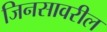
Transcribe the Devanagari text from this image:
जिनसावरील